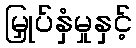
မြှုပ်နှံမှုနှင့်